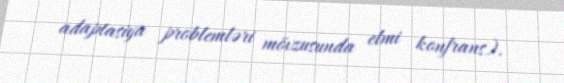
adaptasiya problemləri mövzusunda elmi konfrans).